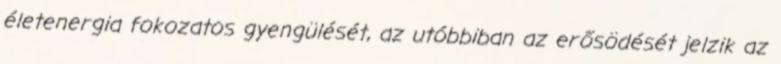
életenergia fokozatos gyengülését, az utóbbiban az erősödését jelzik az